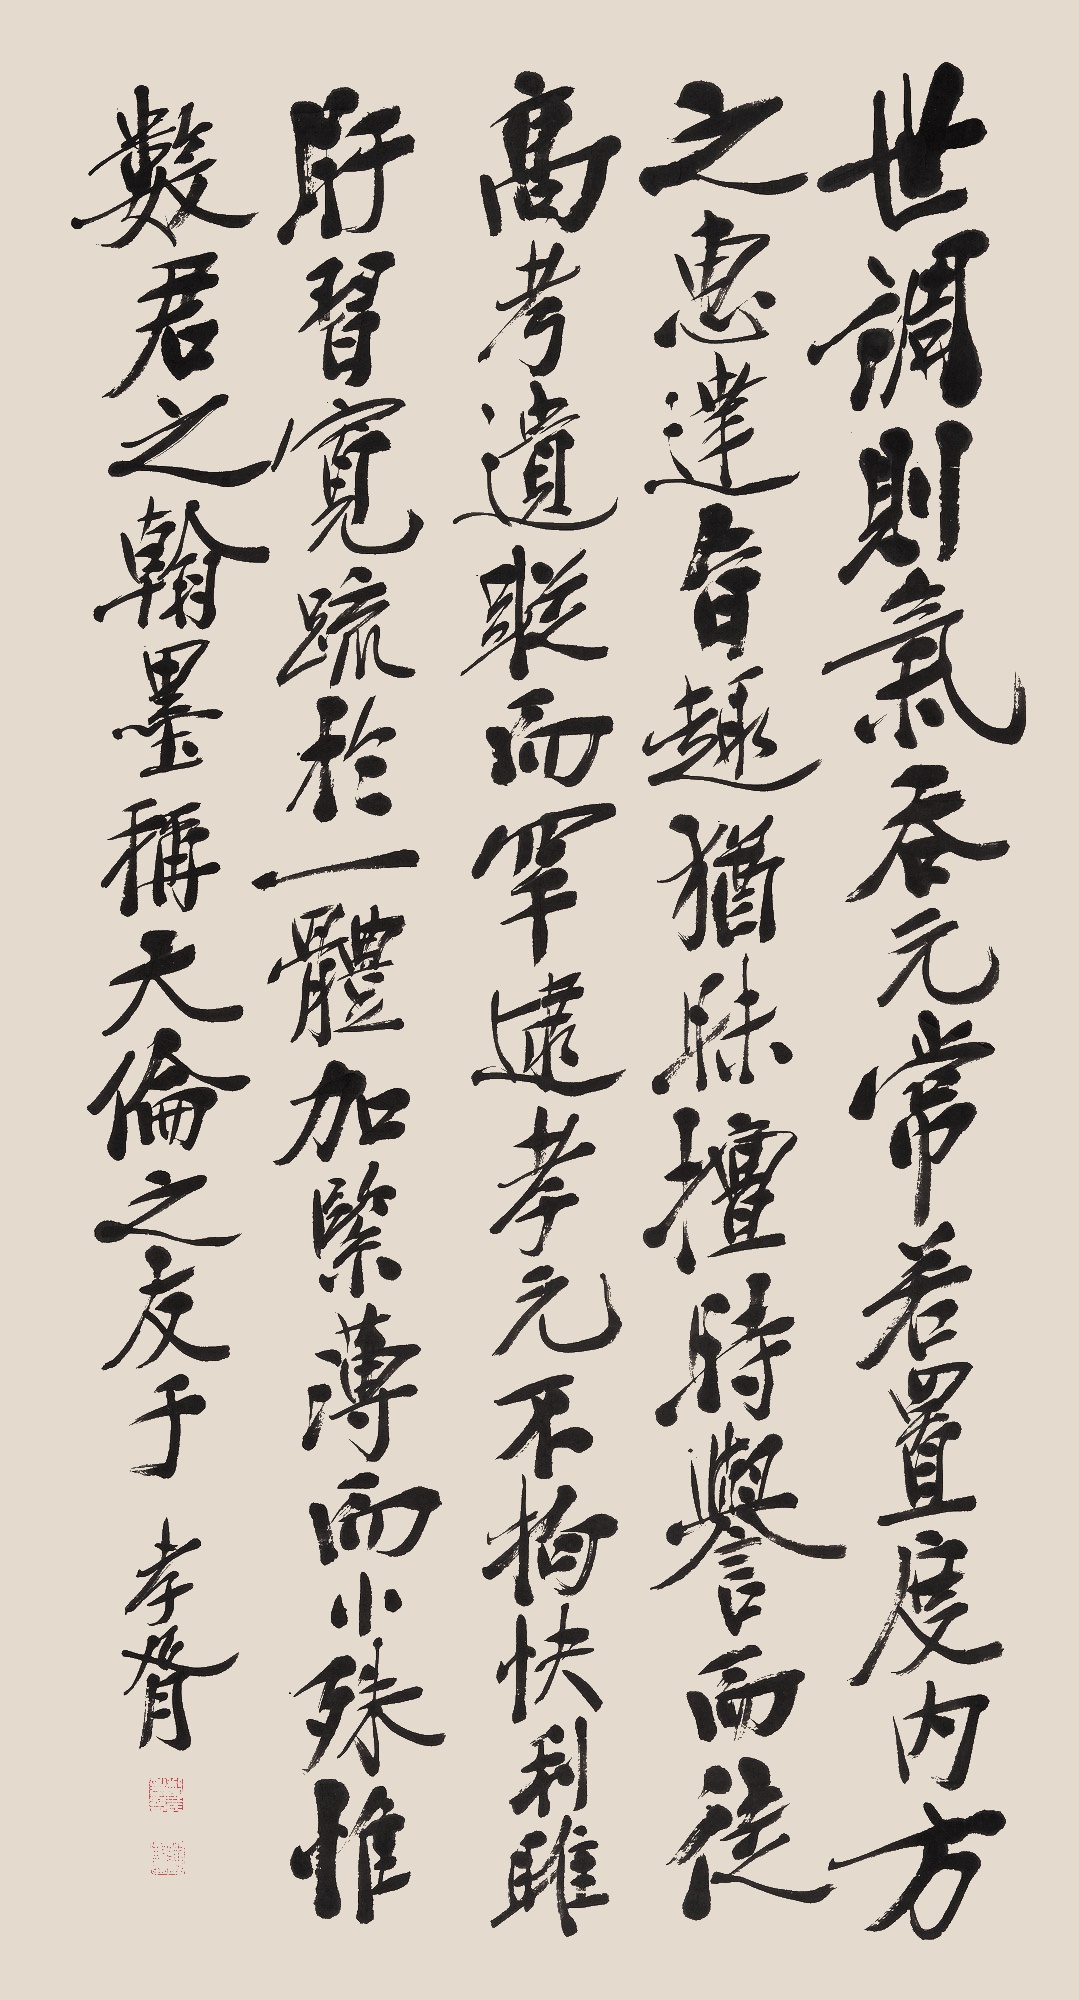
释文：世调则气吞元常
若置度内
方之惠达
旨趣犹昧
擅时誉而徒高
考遗踪而罕逮
孝元不拘
快利睢盱
习宽疏于一体
加紧薄而小殊
惟数君之翰墨
称天伦之友于孝胥。